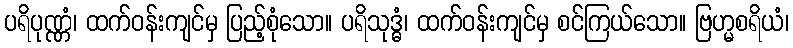
ပရိပုဏ္ဏံ၊ ထက်ဝန်းကျင်မှ ပြည့်စုံသော။ ပရိသုဒ္ဓံ၊ ထက်ဝန်းကျင်မှ စင်ကြယ်သော။ ဗြဟ္မစရိယံ၊